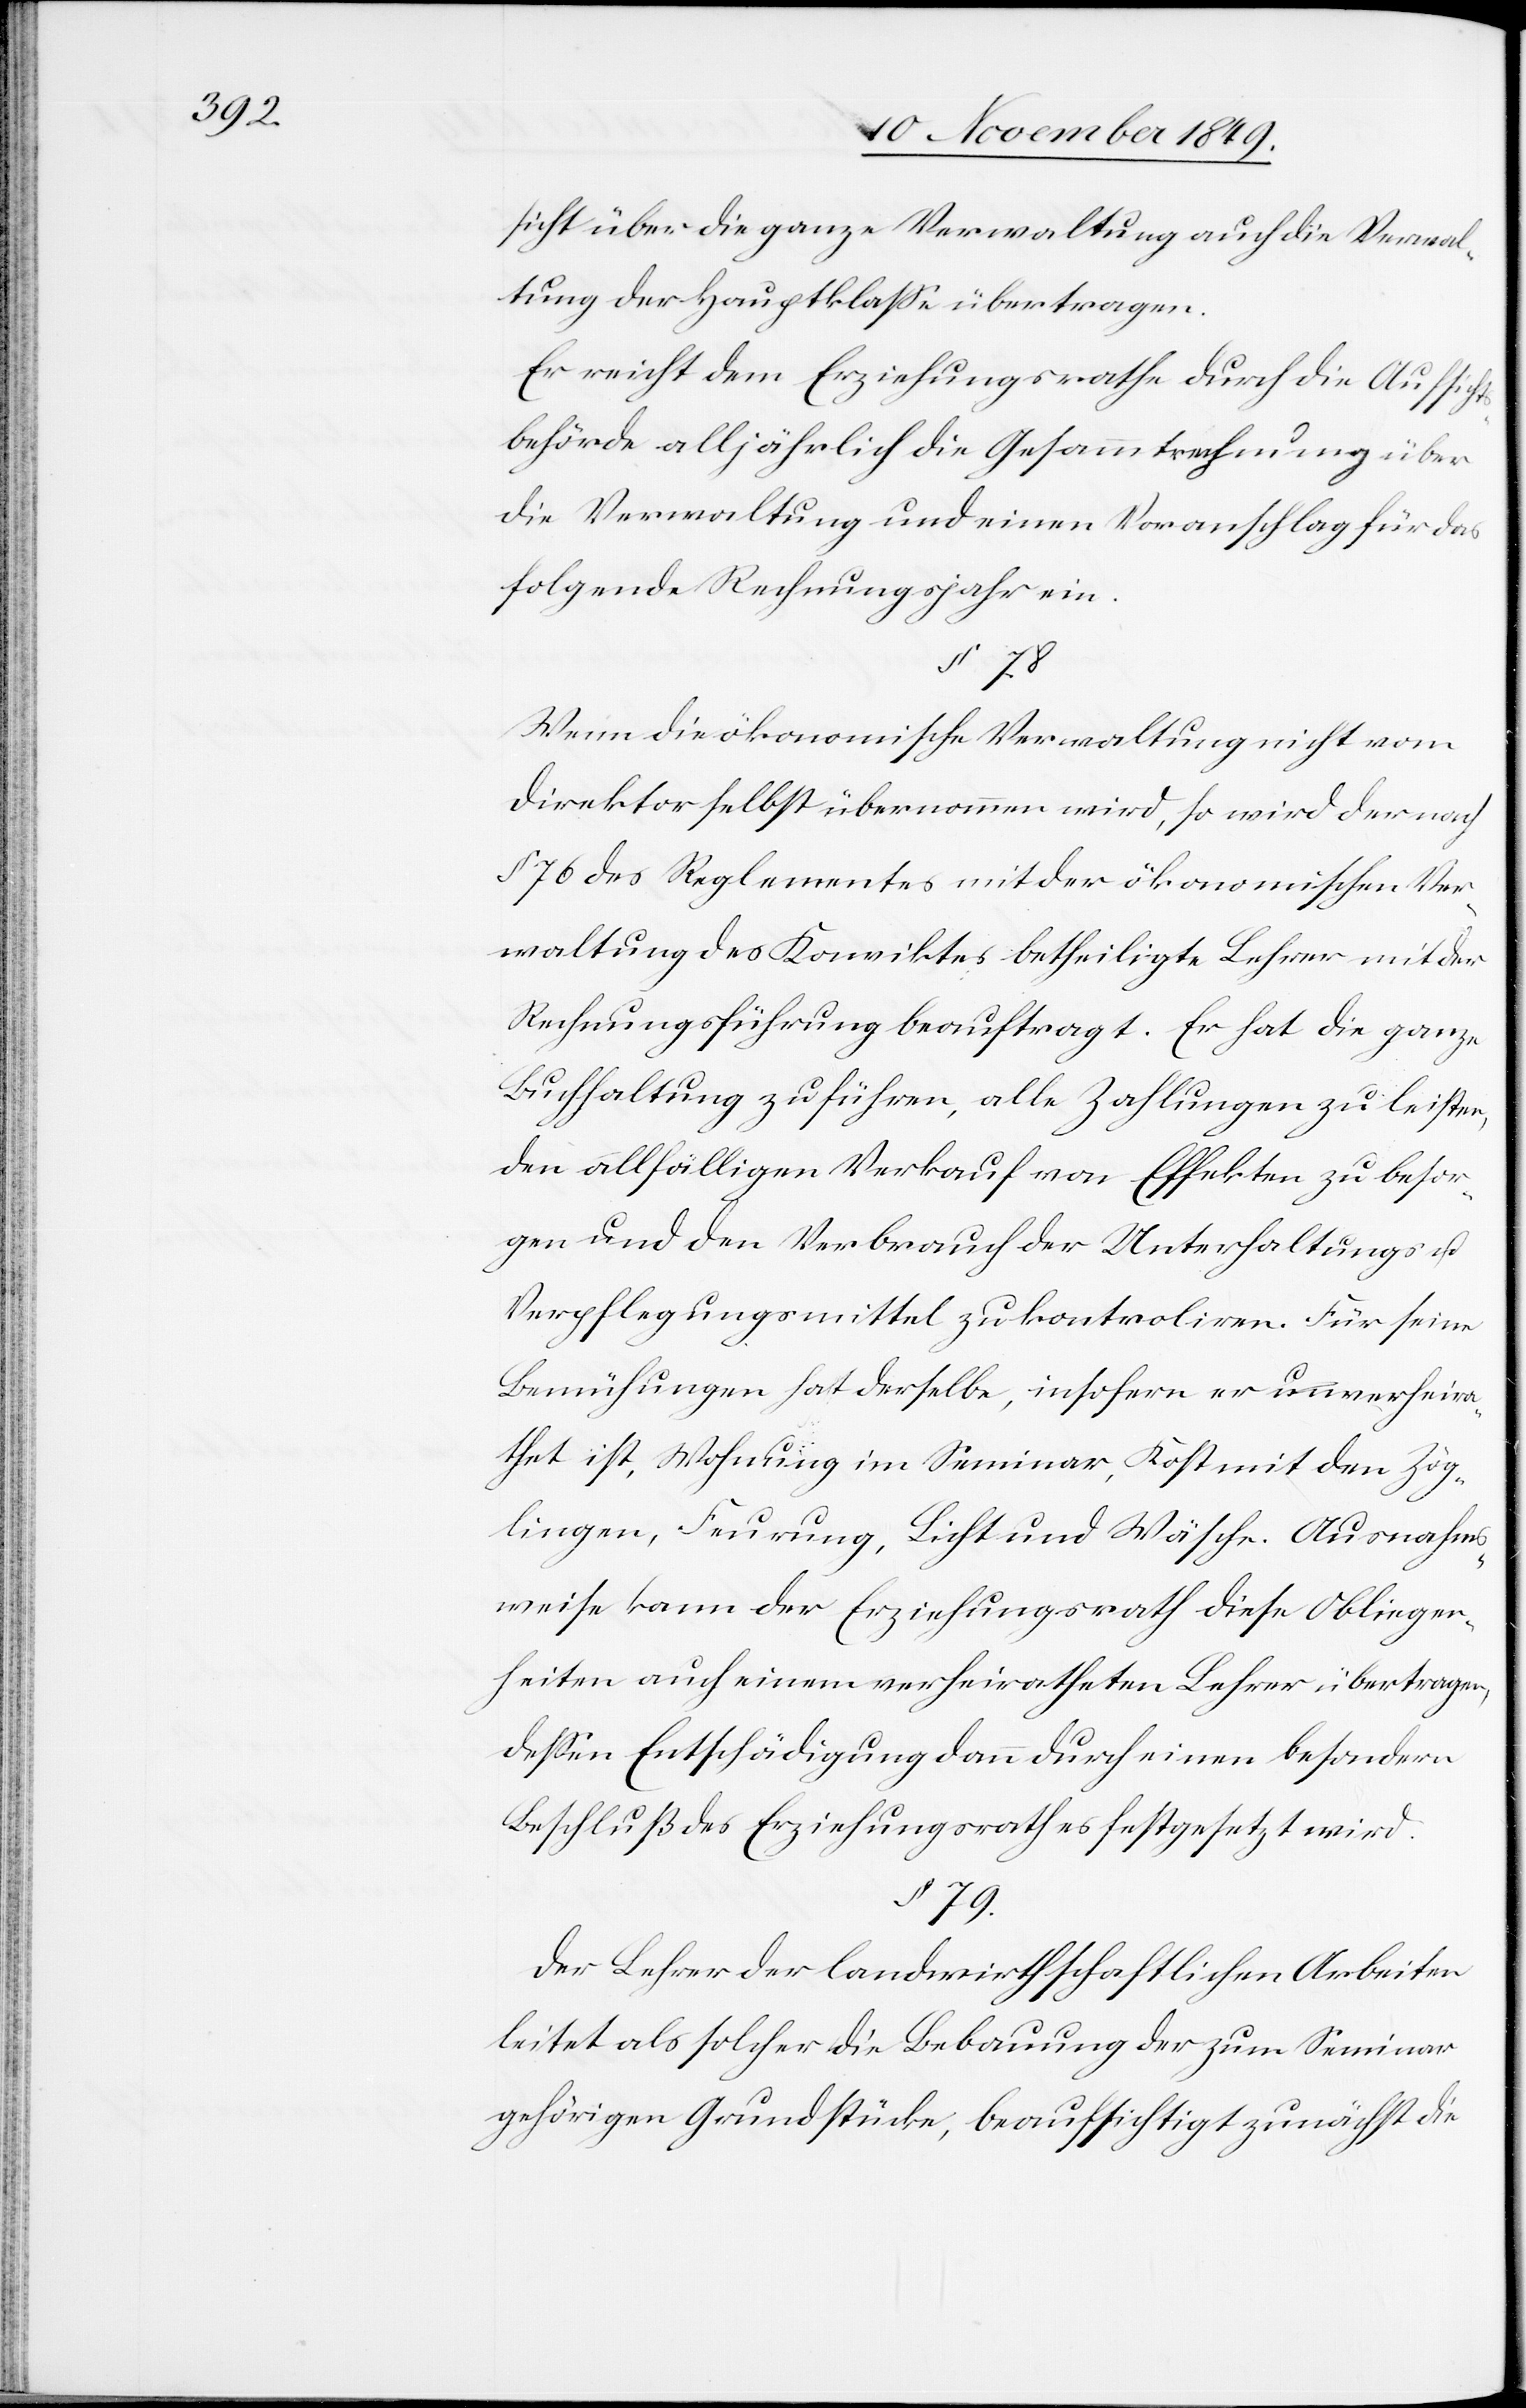
sicht über die ganze Verwaltung auch die Verwal¬
tung der Hauptkaße übertragen.
Er reicht dem Erziehungsrathe durch die Aufsicht¬
sbehörde alljährlich die Gesammtrechnung über
die Verwaltung und einen Voranschlag für das
folgende Rechnungsjahr ein.
§ 78.
Wenn die ökonomische Verwaltung nicht vom
Direktor selbst übernommen wird, so wird der nach
§ 76 des Reglementes mit der ökonomischen Ver¬
waltung des Konviktes betheiligte Lehrer mit der
Rechnungsführung beauftragt. Er hat die ganze
Buchhaltung zu führen, alle Zahlungen zu leisten,
den allfälligen Verkauf von Effekten zu besor¬
gen und den Verbrauch der Unterhaltungs u.
Verpflegungsmittel zu kontroliren. Für seine
Bemühungen hat derselbe, insofern er unverheira¬
thet ist, Wohnung im Seminar, Kost mit den Zög¬
lingen, Feurung, Licht und Wäsche. Ausnahms¬
weise kann der Erziehungsrath diese Obliegen¬
heiten auch einem verheiratheten Lehrer übertragen,
deßen Entschädigung dann durch einen besondern
Beschluß des Erziehungsrathes festgesetzt wird.
§
79.
Der Lehrer der landwirthschaftlichen Arbeiten
leitet als solche die Bebauung der zum Seminar
gehörigen Grundstücke, beaufsichtigt zunächst die